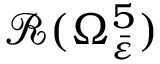
\mathcal { R } ( \Omega _ { \bar { \varepsilon } } ^ { 5 } )